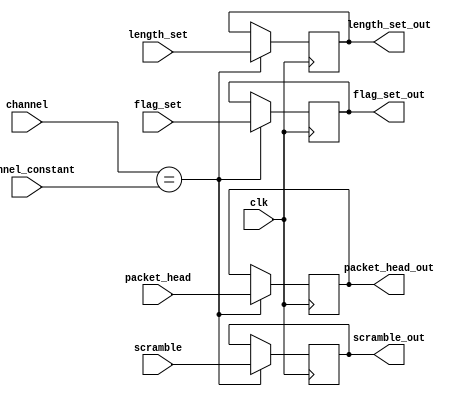
module   source_para(
							input clk,
							input [7:0]channel,
							input [7:0]channel_constant,
							
							input [31:0] packet_head,
							input [15:0] flag_set,
							input [23:0] length_set,
							input scramble,	
														
							output reg [31:0] packet_head_out,
							output reg [15:0] flag_set_out,
							output reg [23:0] length_set_out,
							output reg scramble_out	
							);

always @(posedge clk)
begin
	if(channel == channel_constant)
		begin
			packet_head_out <= packet_head;
			flag_set_out    <= flag_set;
			length_set_out  <= length_set;
			scramble_out    <= scramble;
		end
end
		
endmodule